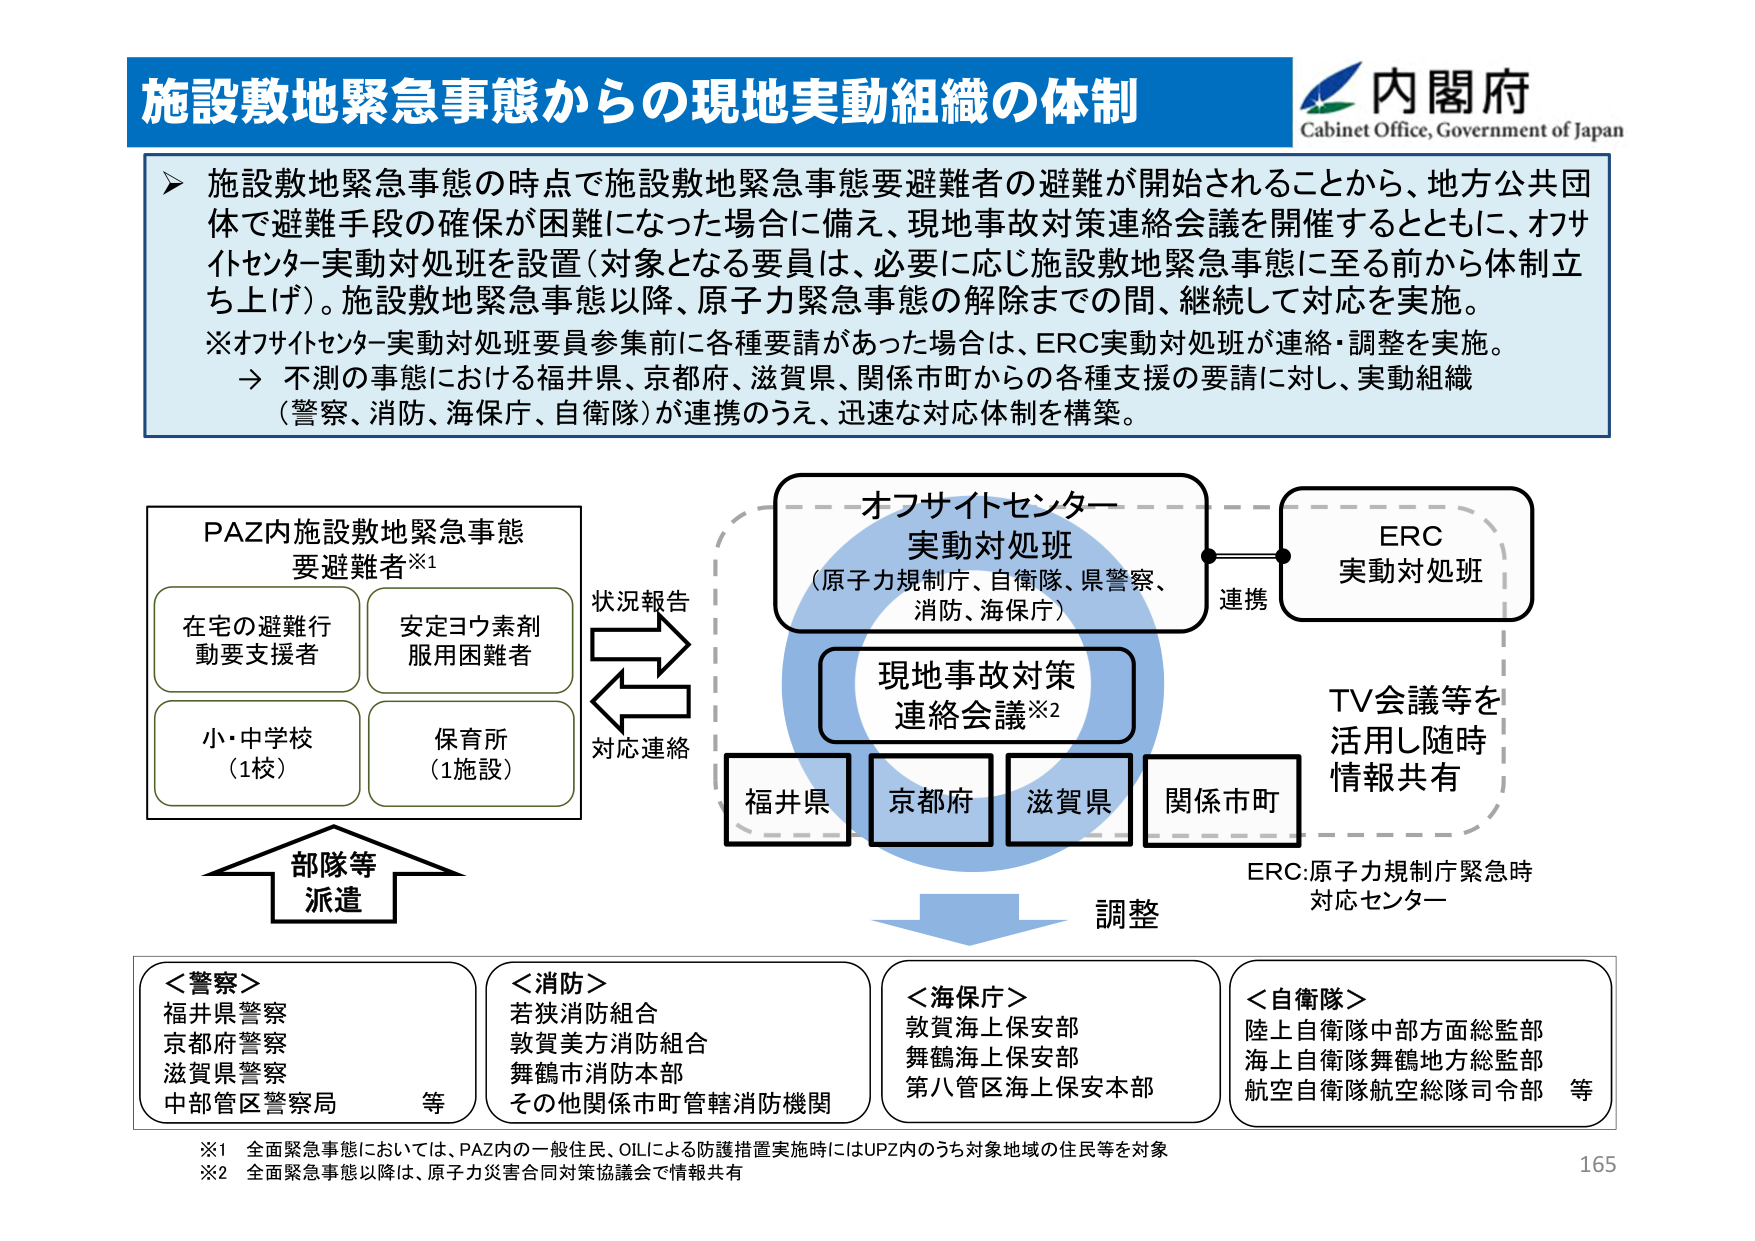
施設敷地緊急事態からの現地実動組織の体制
内閣府
Cabinet Office, Government of Japan
施設敷地緊急事態の時点で施設敷地緊急事態要避難者の避難が開始されることから、地方公共団体で避難手段の確保が困難になった場合に備え、現地事故対策連絡会議を開催するとともに、オフサイトセンター実動対処班を設置（対象となる要員は、必要に応じ施設敷地緊急事態に至る前から体制立ち上げ）。施設敷地緊急事態以降、原子力緊急事態の解除までの間、継続して対応を実施。
※オフサイトセンター実動対処班要員参集前に各種要請があった場合は、ERC実動対処班が連絡・調整を実施。
→ 不測の事態における福井県、京都府、滋賀県、関係市町からの各種支援の要請に対し、実動組織（警察、消防、海保庁、自衛隊）が連携のうえ、迅速な対応体制を構築。
PAZ内施設敷地緊急事態
要避難者※1
在宅の避難行動要支援者
安定ヨウ素剤服用困難者
小・中学校（1校）
保育所（1施設）
状況報告
対応連絡
オフサイトセンター
実動対処班
（原子力規制庁、自衛隊、県警察、消防、海保庁）
ERC
実動対処班
連携
TV会議等を
活用し随時
情報共有
現地事故対策
連絡会議※2
福井県
京都府
滋賀県
関係市町
調整
ERC:原子力規制庁緊急時
対応センター
部隊等
派遣
＜警察＞
福井県警察
京都府警察
滋賀県警察
中部管区警察局
等
＜消防＞
若狭消防組合
敦賀美方消防組合
舞鶴市消防本部
その他関係市町管轄消防機関
＜海保庁＞
敦賀海上保安部
舞鶴海上保安部
第八管区海上保安本部
＜自衛隊＞
陸上自衛隊中部方面総監部
海上自衛隊舞鶴地方総監部
航空自衛隊航空総隊司令部
等
※1 全面緊急事態においては、PAZ内の一般住民、OILによる防護措置実施時にはUPZ内のうち対象地域の住民等を対象
※2 全面緊急事態以降は、原子力災害合同対策協議会で情報共有
165